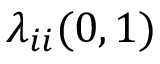
\lambda _ { i i } ( 0 , 1 )